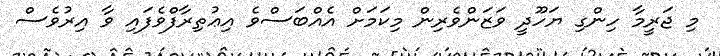
މި ޖަރީމާ ހިންގި ޔަހޫދީ ވަޒަންވެރިން މިކަމަށް އެއްބަސްވެ އިޢުތިރާފްވެފައި ވާ އިރުވެސް